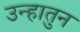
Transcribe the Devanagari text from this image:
उन्हातुन